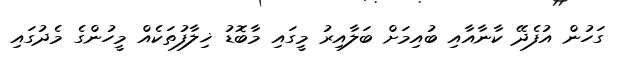
ގަހުން އުފެދޭ ކާނާއާއި ބުއިމަށް ބަލާއިރު މީގައި މާބޮޑު ޚިލާފުތަކެއް މީހުންގެ މެދުގައި